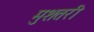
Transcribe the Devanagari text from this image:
मुशतरी